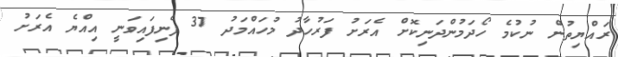
ރައްޔިތުން ނުކުމެ ހޯދަމުންދަނިކޮށް އެރަށު ފަރުހާދު މުހައްމަދު 37 ފެނިފައިވަނީ އިއްޔެ އެރަށު